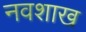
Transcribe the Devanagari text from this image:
नवशाख